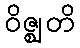
ဝိဇ္ဈတိ